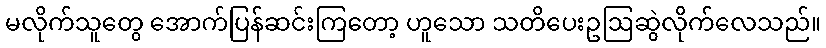
မလိုက်သူတွေ အောက်ပြန်ဆင်းကြတော့ ဟူသော သတိပေးဥဩဆွဲလိုက်လေသည်။